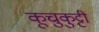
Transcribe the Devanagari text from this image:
कूचुकुट्टी